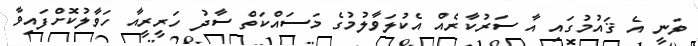
ވަނީ އެ ޤައުމުގައި އާ ސަރުކާރެއް އެކުލަވާލުމުގެ މަސައްކަތް ސާދު ހަރީރީއާ ހަވާލުކޮށްފައިވާ